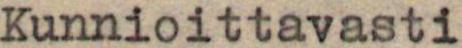
Kunnioittavasti